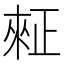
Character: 𪴺